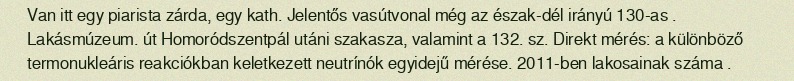
Van itt egy piarista zárda, egy kath. Jelentős vasútvonal még az észak-dél irányú 130-as . Lakásmúzeum. út Homoródszentpál utáni szakasza, valamint a 132. sz. Direkt mérés: a különböző termonukleáris reakciókban keletkezett neutrínók egyidejű mérése. 2011-ben lakosainak száma .